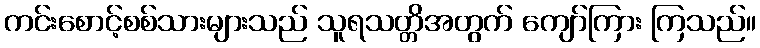
ကင်းစောင့်စစ်သားများသည် သူရသတ္တိအတွက် ကျော်ကြား ကြသည်။